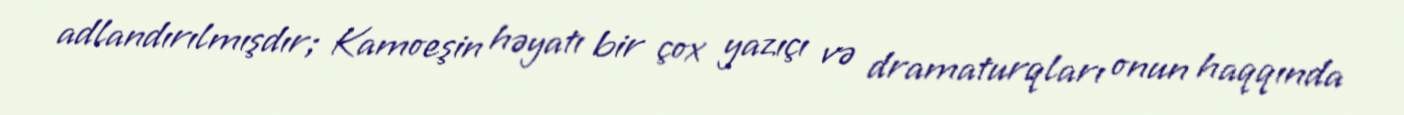
adlandırılmışdır; Kamoeşin həyatı bir çox yazıçı və dramaturqları onun haqqında